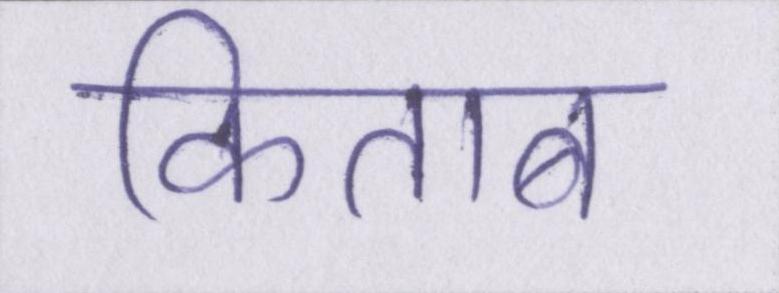
किताब